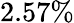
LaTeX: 2.57\%